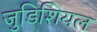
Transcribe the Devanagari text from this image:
जुडिशियल